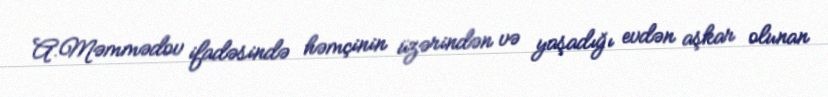
A.Məmmədov ifadəsində həmçinin üzərindən və yaşadığı evdən aşkar olunan